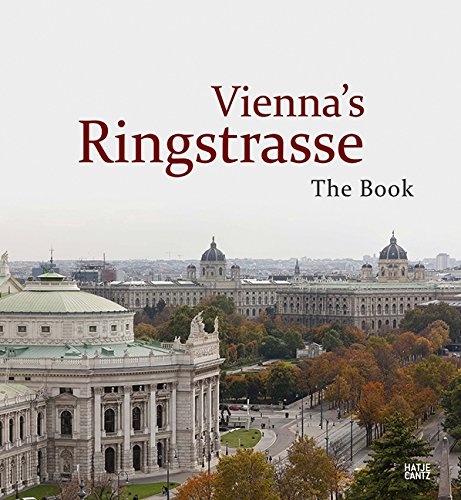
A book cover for Vienna's Ringstrasse; Monika Faber; Arts & Photography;